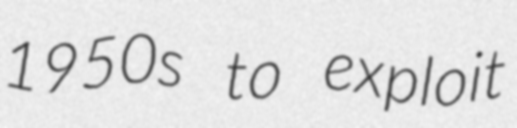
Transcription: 1950s to exploit